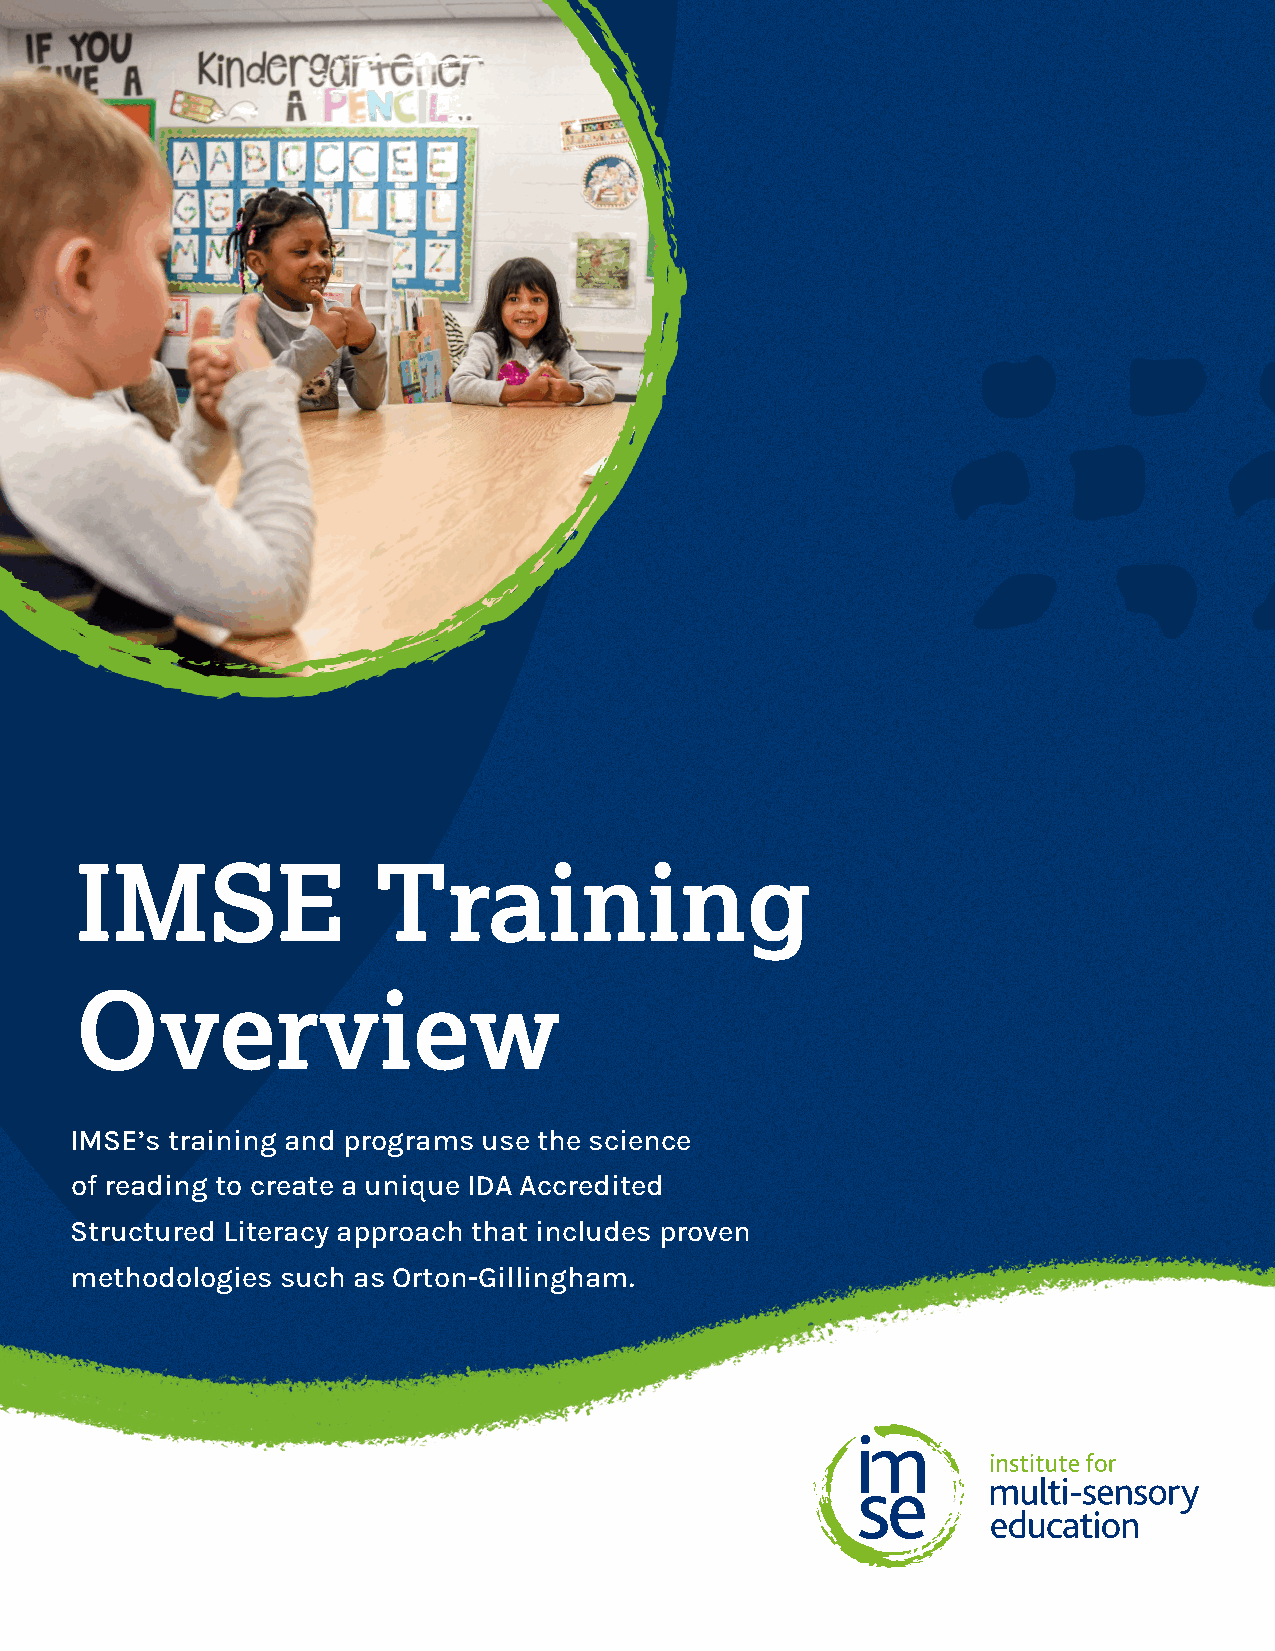
IMSE | COMPREHENSIVE TRAINING | INTERMEDIATE TRAINING | PHONOLOGICAL AWARENESS TRAINING
 IMSE                Training
 Overview
 IMSE’s training and programs use the science
 of reading to create a unique IDA Accredited
 Structured Literacy approach that includes proven
 methodologies such as Orton-Gillingham.